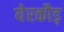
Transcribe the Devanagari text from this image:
येरकौड़